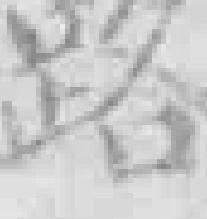
路